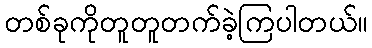
တစ်ခုကိုတူတူတက်ခဲ့ကြပါတယ်။